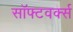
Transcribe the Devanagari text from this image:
सॉफ्टवर्क्स